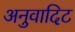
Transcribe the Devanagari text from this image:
अनुवादिट